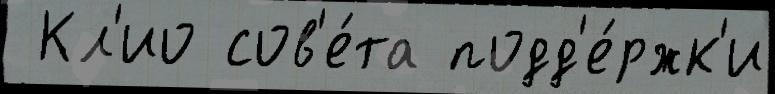
 Кл'ио сов'е́та подд'е́ржк'и